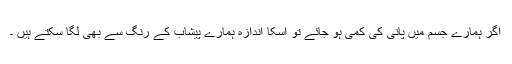
اگر ہمارے جسم میں پانی کی کمی ہو جائے تو اسکا اندازہ ہمارے پیشاب کے رنگ سے بھی لگا سکتے ہیں ۔